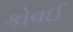
કોવઈ